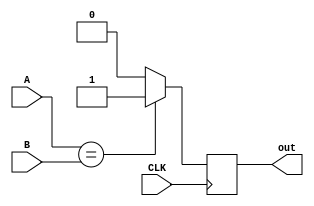
`timescale 1ns / 1ps
//////////////////////////////////////////////////////////////////////////////////
// Company: 
// Engineer: 
// 
// Design Name: 
// Module Name: comparador_5
// Project Name: 
// Target Devices: 
// Tool Versions: 
// Description: 
// 
// Dependencies: 
// 
// Revision:
// Revision 0.01 - File Created
// Additional Comments:
// 
//////////////////////////////////////////////////////////////////////////////////


module comparador_5(
    input CLK,
    input [4:0] A,B,
    output out
    );
    reg salida = 1'b0;

   always @(posedge CLK)
      if (A == B)
         salida <= 1'b1;
      else
         salida <= 1'b0;
   assign out=salida;
endmodule